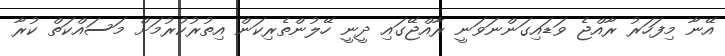
އޭނާ މިފަހަރު ރާއްޖެ ވަޑައިގަންނަވަނީ ރާއްޖޭގައި ދީނީ ހޭލުންތެރިކަން އިތުރުކުރުމަށް މަަސައްކަތް ކުރާ